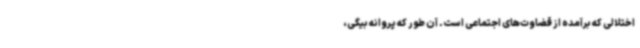
اختلالی که برآمده از قضاوت‌های اجتماعی است. آن طور که پروانه بیگی،